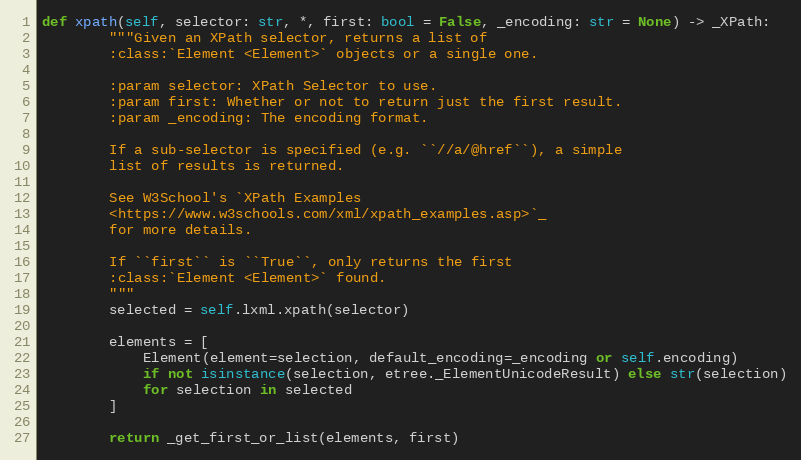
Language: Python
def xpath(self, selector: str, *, first: bool = False, _encoding: str = None) -> _XPath:
        """Given an XPath selector, returns a list of
        :class:`Element <Element>` objects or a single one.

        :param selector: XPath Selector to use.
        :param first: Whether or not to return just the first result.
        :param _encoding: The encoding format.

        If a sub-selector is specified (e.g. ``//a/@href``), a simple
        list of results is returned.

        See W3School's `XPath Examples
        <https://www.w3schools.com/xml/xpath_examples.asp>`_
        for more details.

        If ``first`` is ``True``, only returns the first
        :class:`Element <Element>` found.
        """
        selected = self.lxml.xpath(selector)

        elements = [
            Element(element=selection, default_encoding=_encoding or self.encoding)
            if not isinstance(selection, etree._ElementUnicodeResult) else str(selection)
            for selection in selected
        ]

        return _get_first_or_list(elements, first)